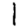
Digit: 1